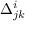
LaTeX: \Delta _ { j k } ^ { i }